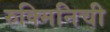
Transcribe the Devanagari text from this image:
रुक्मिनिची